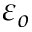
\varepsilon _ { o }